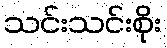
သင်းသင်းစိုး